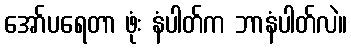
အော်ပရေတာ ဖုံး နံပါတ်က ဘာနံပါတ်လဲ။